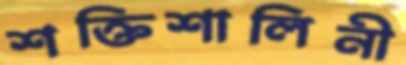
শক্তিশালিনী